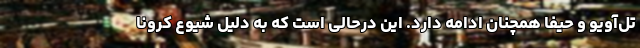
تل‌آویو و حیفا همچنان ادامه دارد. این درحالی است که به دلیل شیوع کرونا